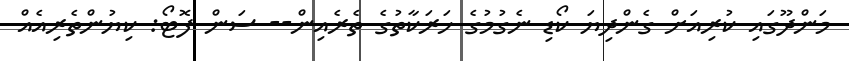
މަންދޫގައި ކުރިއަށް ގެންދިޔަ ކޯޑި ނެގުމުގެ ހަރަކާތުގެ ތެރެއިން-- ސަން ފޮޓޯ: ކިޔުންތެރިއެއް